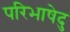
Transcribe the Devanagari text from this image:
परिभाषेदु